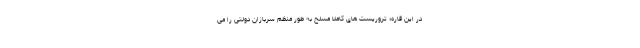
در این قاره؛ تروریست های کاملا مسلح به طور منظم سربازان دولتی را می